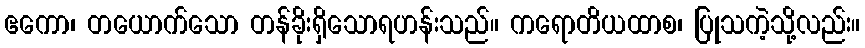
ဧကော၊ တယောက်သော တန်ခိုးရှိသောရဟန်းသည်။ ကရောတိယထာစ၊ ပြုသကဲ့သို့လည်း။